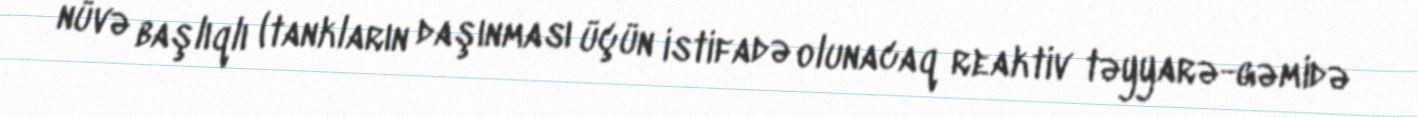
nüvə başlıqlı (tankların daşınması üçün istifadə olunacaq reaktiv təyyarə-gəmidə